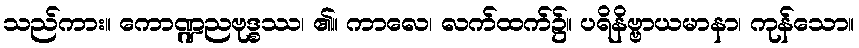
သည်ကား။ ကောဏ္ဍညဗုဒ္စဿ၊ ၏။ ကာလေ၊ လက်ထက်၌။ ပရိနိဗ္ဗာယမာနာ၊ ကုန်သော။